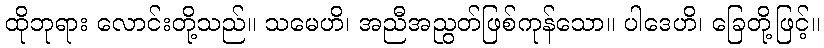
ထိုဘုရား လောင်းတို့သည်။ သမေဟိ၊ အညီအညွတ်ဖြစ်ကုန်သော။ ပါဒေဟိ၊ ခြေတို့ဖြင့်။